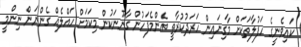
ކައިވެނީގެ ހަފުލާތަކަށް މާގިނައިން ހަރަދުކުރާތީ އެންމެފަހުން ގާނޫނަކުން މިކަމަށް ހައްލެއް ގެންނަން ނިންމީ